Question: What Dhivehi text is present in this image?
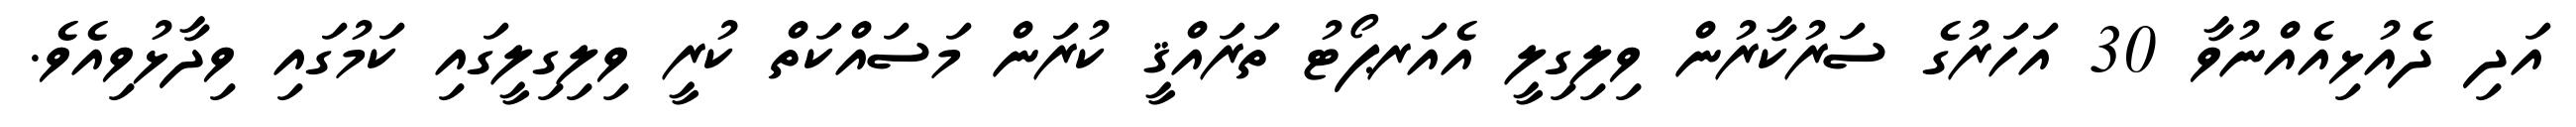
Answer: އަދި ދެއުޅިއެއްނުވާ 30 އަހަރުގެ ސަރުކާރުން ވިލިގިލީ އެއަރޕޯޓު ތަރައްޤީ ކުރަން މަސައްކަތް ކުރީ ވިލިގިލީގައި ކަމުގައި ވިދާޅުވިއެވެ.